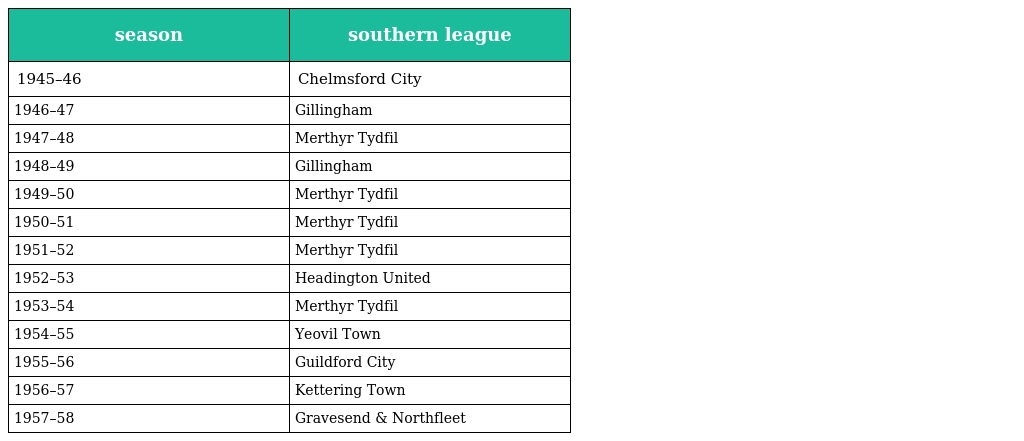
| season | southern league |
 | --- | --- |
 | 1945–46 | Chelmsford City |
 | 1946–47 | Gillingham |
 | 1947–48 | Merthyr Tydfil |
 | 1948–49 | Gillingham |
 | 1949–50 | Merthyr Tydfil |
 | 1950–51 | Merthyr Tydfil |
 | 1951–52 | Merthyr Tydfil |
 | 1952–53 | Headington United |
 | 1953–54 | Merthyr Tydfil |
 | 1954–55 | Yeovil Town |
 | 1955–56 | Guildford City |
 | 1956–57 | Kettering Town |
 | 1957–58 | Gravesend & Northfleet |